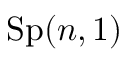
\mathrm { S p } ( n , 1 )